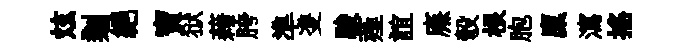
炫剗絕寶狱藉胯準㕠駿薤誼㢘彀根胞廩瀉摇